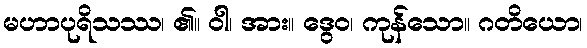
မဟာပုရိသဿ၊ ၏။ ဝါ၊ အား။ ဒွေဝ၊ ကုန်သော။ ဂတိယော၊